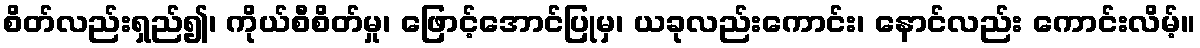
စိတ်လည်းရှည်၍၊ ကိုယ်စီစိတ်မှု၊ ဖြောင့်အောင်ပြုမှ၊ ယခုလည်းကောင်း၊ နောင်လည်း ကောင်းလိမ့်။